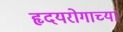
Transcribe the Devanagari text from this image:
हृदयरोगाच्या